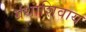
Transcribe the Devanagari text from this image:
ग्रंथांशिवाय